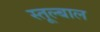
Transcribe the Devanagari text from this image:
स्तूल्बाल